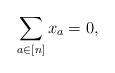
LaTeX: \begin{align*}\sum_{a \in [n]} x_a=0,\end{align*}